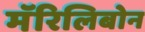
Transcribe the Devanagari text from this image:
मॅरिलिबोन